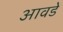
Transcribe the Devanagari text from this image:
आवडें